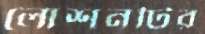
লোশনটির